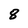
Character: 8